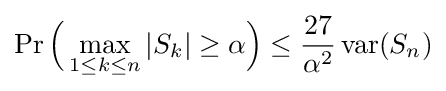
\Pr {\Bigl (}\max _{1\leq k\leq n}|S_{k}|\geq \alpha {\Bigr )}\leq {\frac {27}{\alpha ^{2}}}\operatorname {var} (S_{n})